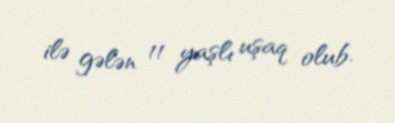
ilə gələn 11 yaşlı uşaq olub.